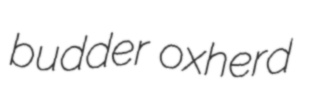
budder oxherd